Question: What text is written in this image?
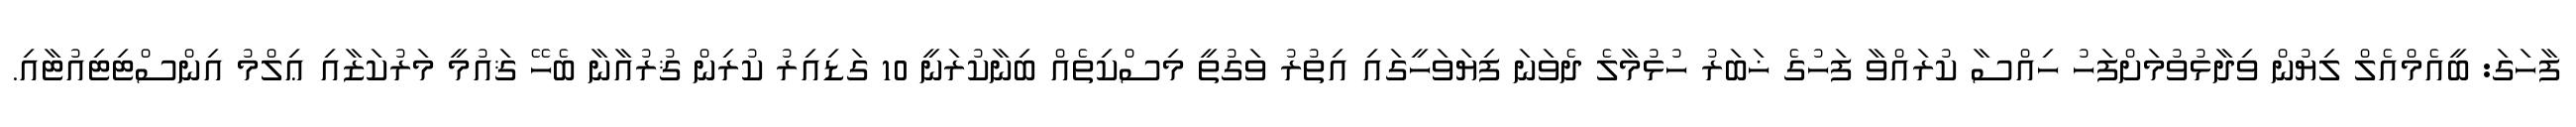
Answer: ފާހަގަ: ބީއެމްއެލް ލިޔުން ވިދާޅުވުމަށްފަހު ހިއްސާ ކުރައްވާ ފަހުގެ ޚަބަރު ހުޅުމާލެ ދެވަނަ ފިޔަވަހީގައި އިތުރު ވަގުތީ މިސްކިތެއް ބިނާކުރަނީ 10 ގަޑިއިރު ކުރިން ޤުރުއާނާ ބެހޭ ޤައުމީ މަރުކަޒާއި ޢިލްމު އިންސްޓިޓިއުޓާއި.